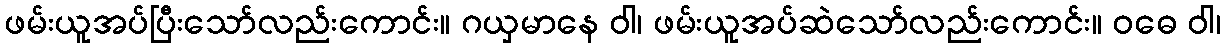
ဖမ်းယူအပ်ပြီးသော်လည်းကောင်း။ ဂယှမာနေ ဝါ၊ ဖမ်းယူအပ်ဆဲသော်လည်းကောင်း။ ဝဓေ ဝါ၊